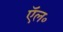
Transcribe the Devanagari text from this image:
ऍल॰